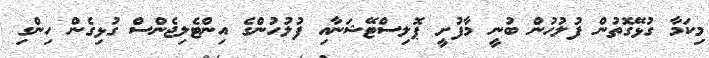
މިކަމާ ގުޅޭގޮތުން ފުލުހުން ބުނީ މާފުށީ ޕޮލިސްޓޭޝަނާއި ފުލުހުންގެ އިންޓެލިޖެންސް ގުޅިގެން ހިންގި